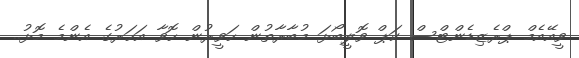
ވީއޭއެމް ޕްރެޒިޑެންޓްސް ކަޕް ވޮލީބޯޅަ މުބާރާތުން ހަވީރުން ހޮވާ އަހަރުގެ އެންމެ މޮޅު..